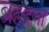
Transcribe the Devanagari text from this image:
ब्रहद्रवा